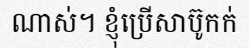
ណាស់។ ខ្ញុំប្រើសាប៊ូកក់